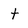
Character: t